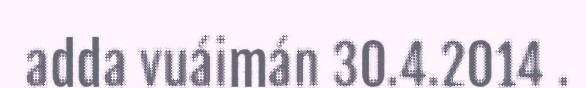
adda vuáimán 30.4.2014 .